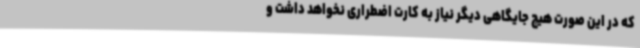
که در این صورت هیچ جایگاهی دیگر نیاز به کارت اضطراری نخواهد داشت و